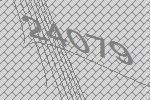
24079